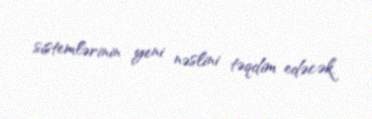
sistemlərinin yeni nəslini təqdim edəcək.